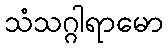
သံသဂ္ဂါရာမော